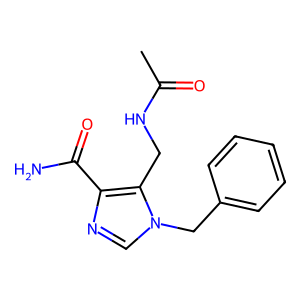
SMILES: CC(=O)NCc1c(C(N)=O)ncn1Cc1ccccc1
Inhibits HIV replication: No